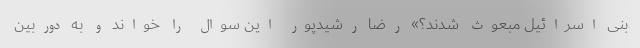
بنی اسرائیل مبعوث شدند؟» رضا رشیدپور این سوال را خواند و به دوربین